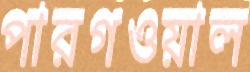
পারগওয়াল